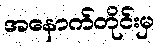
အနောက်တိုင်းမှ